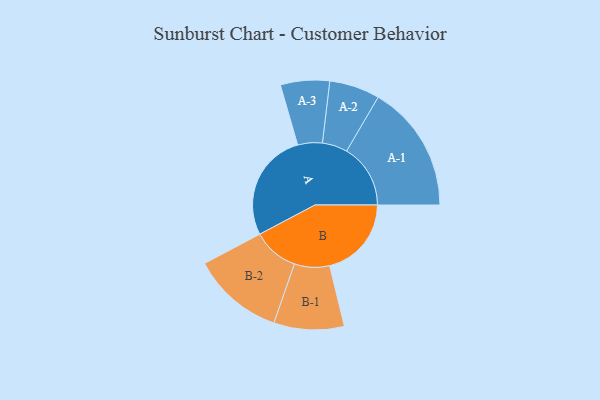
{"axis": {"x": "Segment", "y": "Value"}, "legend": ["", "A", "B"], "data": [{"x": "A", "y": 493, "type": ""}, {"x": "B", "y": 370, "type": ""}, {"x": "A-1", "y": 289, "type": "A"}, {"x": "A-2", "y": 114, "type": "A"}, {"x": "A-3", "y": 111, "type": "A"}, {"x": "B-1", "y": 159, "type": "B"}, {"x": "B-2", "y": 208, "type": "B"}]}